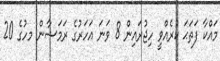
މައްކާ ފަތަޙަ ކުރެއްވީ ހިޖުރައިން 8 ވަނަ އަހަރުގެ ރަމަޟާން މހުގެ 20